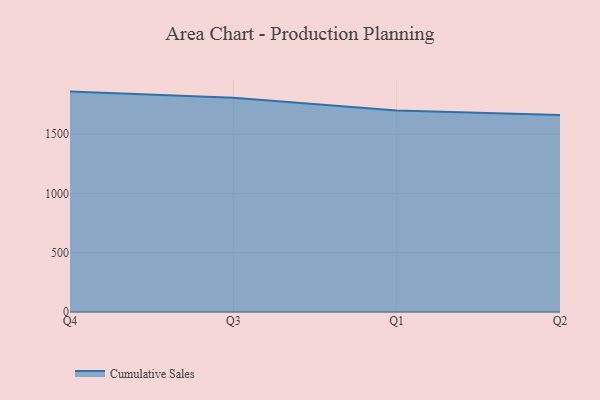
{"axis": {"x": "Quarter", "y": "Conversion Rate (%)"}, "legend": ["Cumulative Sales"], "data": [{"x": "Q4", "y": 1859.2, "type": "Cumulative Sales"}, {"x": "Q3", "y": 1806.4, "type": "Cumulative Sales"}, {"x": "Q1", "y": 1700.4, "type": "Cumulative Sales"}, {"x": "Q2", "y": 1661.7, "type": "Cumulative Sales"}]}